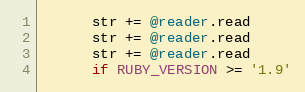
Language: Ruby
      str += @reader.read
      str += @reader.read
      str += @reader.read
      if RUBY_VERSION >= '1.9'